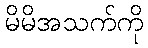
မိမိအသက်ကို